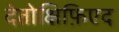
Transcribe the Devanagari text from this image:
देतोक्षिफ़िएद